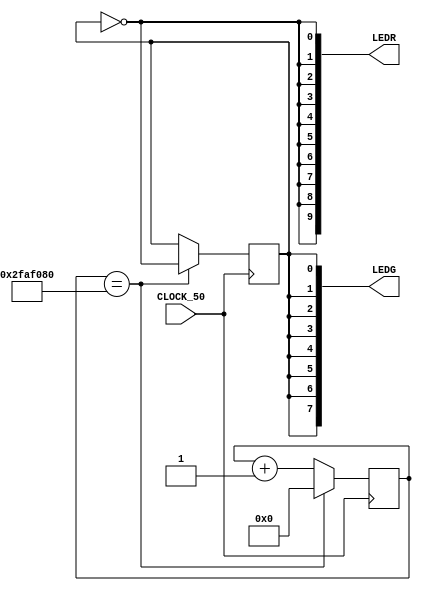
module teste01(input CLOCK_50,
					output [7:0] LEDG,
					output [9:0] LEDR);

	reg [32:0] counter = 0;
	reg lighton = 0;

	assign LEDG[7] = lighton;
	assign LEDG[6] = lighton;
	assign LEDG[5] = lighton;
	assign LEDG[4] = lighton;
	assign LEDG[3] = lighton;
	assign LEDG[2] = lighton;
	assign LEDG[1] = lighton;
	assign LEDG[0] = lighton;
	assign LEDR[9] = ~lighton;
	assign LEDR[8] = ~lighton;
	assign LEDR[7] = ~lighton;
	assign LEDR[6] = ~lighton;
	assign LEDR[5] = ~lighton;
	assign LEDR[4] = ~lighton;
	assign LEDR[3] = ~lighton;
	assign LEDR[2] = ~lighton;
	assign LEDR[1] = ~lighton;
	assign LEDR[0] = ~lighton;

	always @(posedge CLOCK_50) begin
		if(counter == 50000000) begin
			lighton <= ~lighton;
			counter <= 0;
		end
		else begin
			counter <= counter+1;
		end
	end

endmodule